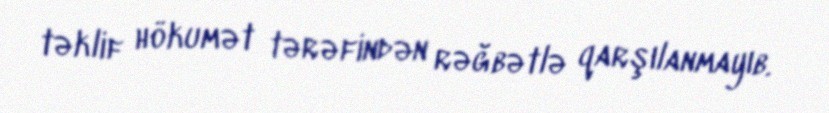
təklif hökumət tərəfindən rəğbətlə qarşılanmayıb.